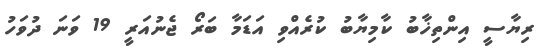
ރިޔާސީ އިންތިޚާބު ކާމިޔާބު ކުރެއްވި އަޑަމާ ބަރޯ ޖެނުއަރީ 19 ވަނަ ދުވަހު